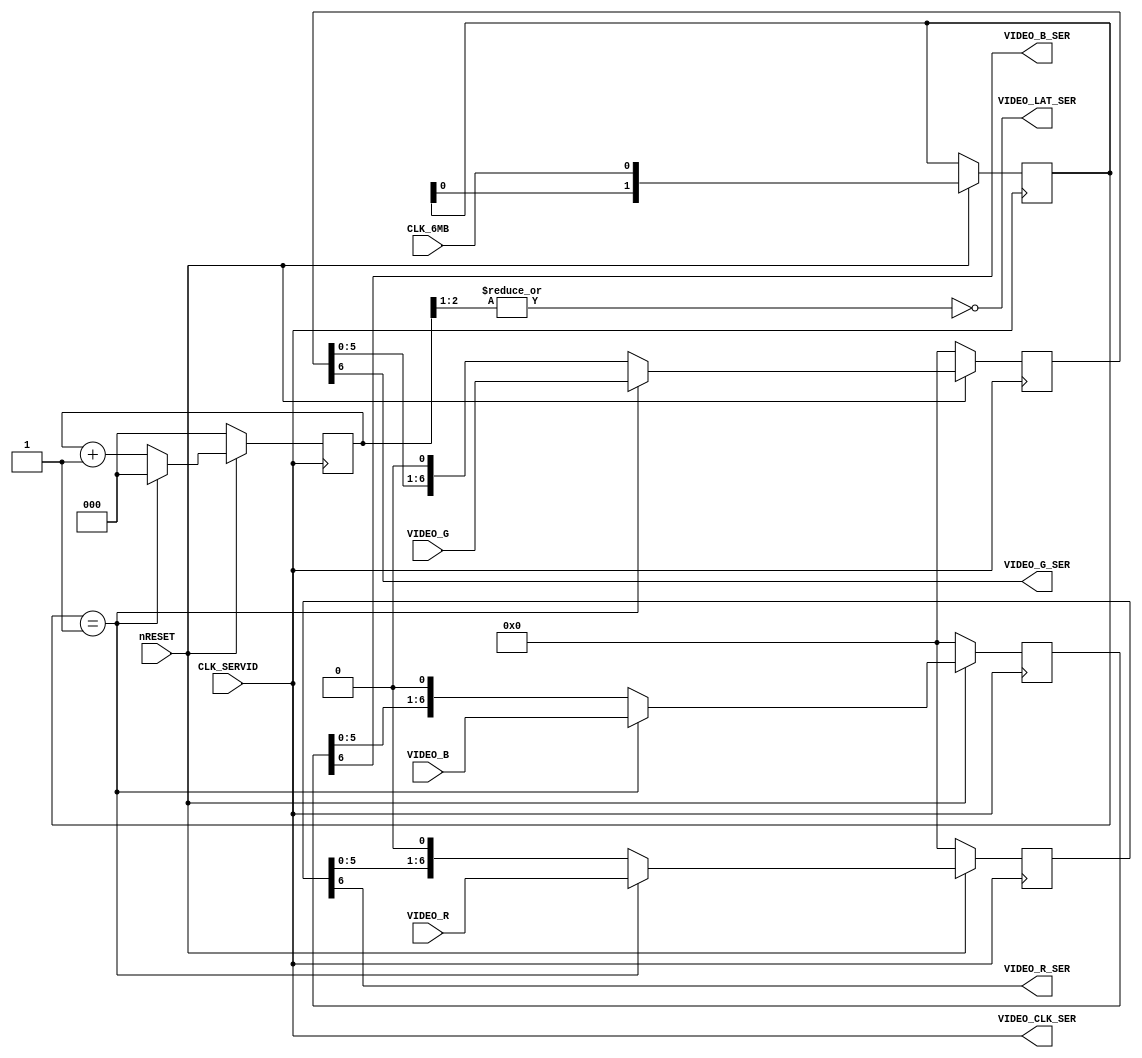
module ser_video(
	input nRESET,
	input CLK_SERVID,
	input CLK_6MB,
	input [6:0] VIDEO_R,
	input [6:0] VIDEO_G,
	input [6:0] VIDEO_B,
	output VIDEO_R_SER,
	output VIDEO_G_SER,
	output VIDEO_B_SER,
	output VIDEO_CLK_SER,
	output VIDEO_LAT_SER
);

	reg [6:0] R_SR;
	reg [6:0] G_SR;
	reg [6:0] B_SR;
	reg [2:0] BIT_CNT;
	reg [1:0] VIDEO_LOAD;
	
	assign VIDEO_CLK_SER = CLK_SERVID;
	assign VIDEO_LAT_SER = ~|{BIT_CNT[2:1]};
	
	assign VIDEO_R_SER = R_SR[6];
	assign VIDEO_G_SER = G_SR[6];
	assign VIDEO_B_SER = B_SR[6];

	// Pix  --------------------------------================================...
	// 6MB  |'''''''''''''''|_______________|'''''''''''''''|_______________...
	// 48M  '|_|'|_|'|_|'|_|'|_|'|_|'|_|'|_|'|_|'|_|'|_|'|_|'|_|'|_|'|_|'|_|...
	//         0   1   2   3   4   5   6   7   0   1   2   3   4   5   6   7
	// LAT  _|'''''''|_______________________|'''''''|_______________________...
	// CNT  -0000111122223333444455556666777700001111222233334444555566667777
	
	always @(negedge CLK_SERVID)
	begin
		if (!nRESET)
		begin
			R_SR <= 7'b0000000;					// Clear SRs
			G_SR <= 7'b0000000;
			B_SR <= 7'b0000000;
			BIT_CNT <= 3'b000; 
		end
		else
		begin
			VIDEO_LOAD <= {VIDEO_LOAD[0], CLK_6MB};
			if (VIDEO_LOAD == 2'b01)			// Rising edge of CLK_6MB
			begin
				R_SR <= VIDEO_R;					// Load SRs
				G_SR <= VIDEO_G;
				B_SR <= VIDEO_B;
				BIT_CNT <= 3'b000;
			end
			else
			begin
				R_SR <= {R_SR[5:0], 1'b0};		// Shift
				G_SR <= {G_SR[5:0], 1'b0};
				B_SR <= {B_SR[5:0], 1'b0};
				BIT_CNT <= BIT_CNT + 1'b1;
			end
		end
	end

endmodule